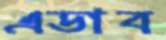
এডাব